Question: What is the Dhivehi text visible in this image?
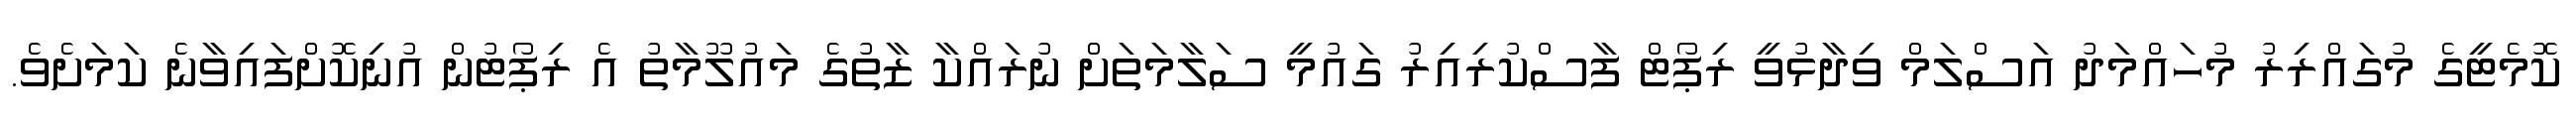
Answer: ކޮމެޓީގެ މުގައްރިރު މުހައްމަދު އަސްލަމް ވިދާޅުވީ ރިޕޯޓް ފާސްކުރިއިރު ގައުމީ ސަލާމަތަށް ނުރައްކާ ޒާތުގެ މައުލޫމާތު އެ ރިޕޯޓުން އުނިކޮށްފައިވާނެ ކަމަށެވެ.